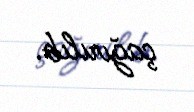
çağırılıb.